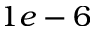
1 e - 6